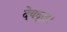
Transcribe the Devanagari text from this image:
देवदूत।